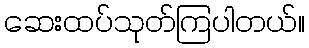
ဆေးထပ်သုတ်ကြပါတယ်။